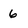
Character: 6